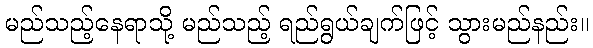
မည်သည့်နေရာသို့ မည်သည့် ရည်ရွယ်ချက်ဖြင့် သွားမည်နည်း။